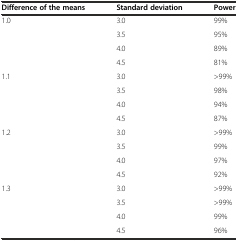
<table><thead><tr><td><b>Difference of the means</b></td><td><b>Standard deviation</b></td><td><b>Power</b></td></tr></thead><tbody><tr><td rowspan="4">1.0</td><td>3.0</td><td>99%</td></tr><tr><td>3.5</td><td>95%</td></tr><tr><td>4.0</td><td>89%</td></tr><tr><td>4.5</td><td>81%</td></tr><tr><td rowspan="4">1.1</td><td>3.0</td><td>&gt;99%</td></tr><tr><td>3.5</td><td>98%</td></tr><tr><td>4.0</td><td>94%</td></tr><tr><td>4.5</td><td>87%</td></tr><tr><td rowspan="4">1.2</td><td>3.0</td><td>&gt;99%</td></tr><tr><td>3.5</td><td>99%</td></tr><tr><td>4.0</td><td>97%</td></tr><tr><td>4.5</td><td>92%</td></tr><tr><td rowspan="4">1.3</td><td>3.0</td><td>&gt;99%</td></tr><tr><td>3.5</td><td>&gt;99%</td></tr><tr><td>4.0</td><td>99%</td></tr><tr><td>4.5</td><td>96%</td></tr></tbody></table>